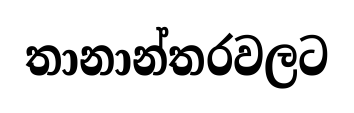
තානාන්තරවලට